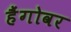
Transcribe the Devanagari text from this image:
हैंगोवर